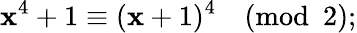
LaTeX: \mathbf{x}^{4}+1\equiv(\mathbf{x}+1)^{4}{\pmod{2}};